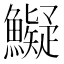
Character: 𩼨